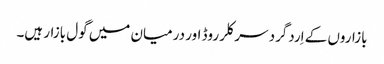
بازاروں کے اِردگرد سرکلر روڈ اور درمیان میں گول بازار ہیں۔